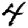
Digit: 4